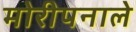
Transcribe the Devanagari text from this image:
मोरीपनाले